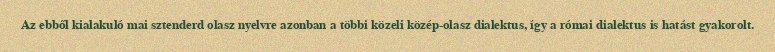
Az ebből kialakuló mai sztenderd olasz nyelvre azonban a többi közeli közép-olasz dialektus, így a római dialektus is hatást gyakorolt.